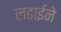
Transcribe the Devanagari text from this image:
लढाईने